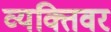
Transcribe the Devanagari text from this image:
व्यक्तिवर